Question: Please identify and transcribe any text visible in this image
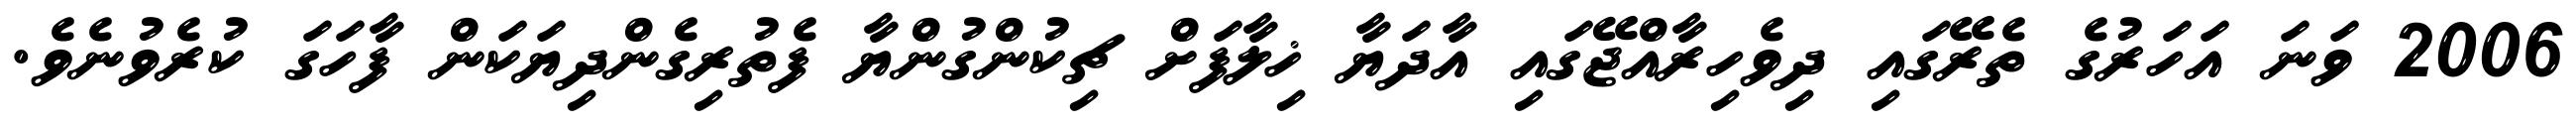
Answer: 2006 ވަނަ އަހަރުގެ ތެރޭގައި ދިވެހިރާއްޖޭގައި އާދަޔާ ޚިލާފަށް ޗިކުންގުންޔާ ފެތުރިގެންދިޔަކަން ފާހަގަ ކުރެވުނެވެ.